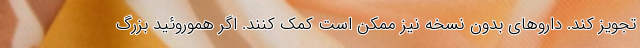
تجویز کند. داروهای بدون نسخه نیز ممکن است کمک کنند. اگر هموروئید بزرگ